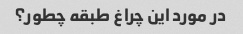
در مورد این چراغ طبقه چطور؟